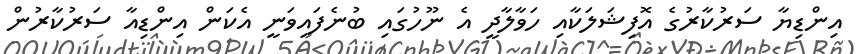
އިންޑިޔާ ސަރުކާރުގެ އޮފިޝަލަކާއި ހަވާލާދީ އެ ނޫހުގައި ބުނެފައިވަނީ އެކަން އިންޑިއާ ސަރުކާރުން